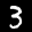
Label: 3